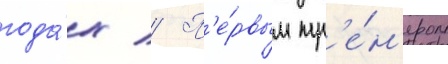
года́х // П'е́рвым тр'е́н'ером